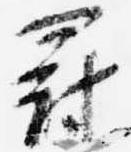
罰